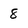
Character: 8